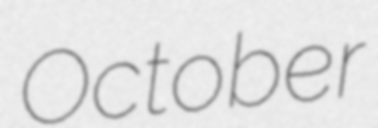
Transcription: October